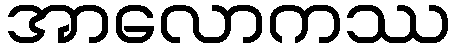
အာလောကဿ